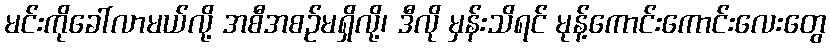
မင်းကိုခေါ်လာမယ်လို့ အစီအစဉ်မရှိလို့၊ ဒီလို မှန်းသိရင် မုန့်ကောင်းကောင်းလေးတွေ